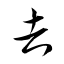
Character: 吉